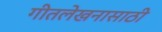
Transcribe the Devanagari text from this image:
गीतलेखनासाठी